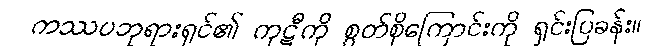
ကဿပဘုရားရှင်၏ ကုဋီကို စွတ်စိုကြောင်းကို ရှင်းပြခန်း။